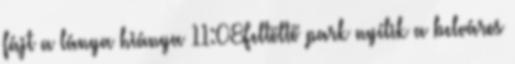
fájt a lánya hiánya 11:08Feltöltő park nyílik a belváros